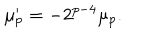
\mu _ { p } ^ { \prime } = - 2 ^ { p - 4 } \mu _ { p } .